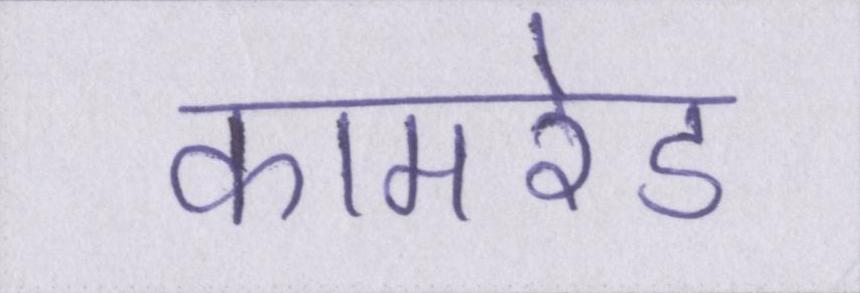
कामरेड